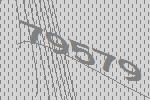
79579